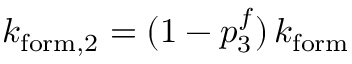
k _ { \mathrm { f o r m } , 2 } = ( 1 - p _ { 3 } ^ { f } ) \, k _ { \mathrm { f o r m } }